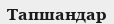
Тапшандар